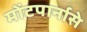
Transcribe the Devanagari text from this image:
मोंटपार्नासे